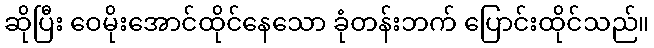
ဆိုပြီး ဝေမိုးအောင်ထိုင်နေသော ခုံတန်းဘက် ပြောင်းထိုင်သည်။